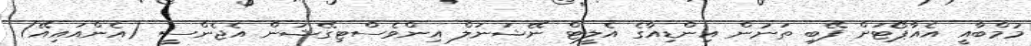
މުމްބާއީ އެއާޕޯޓަށް ފޭބި ތަނުން އިންޑިއާގެ އެލީޓް ނޭޝަނަލް އިންވެސްޓިގޭޝަން އެޖެންސީ (އެންއައިއޭ)